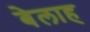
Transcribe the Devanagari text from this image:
बेलाह